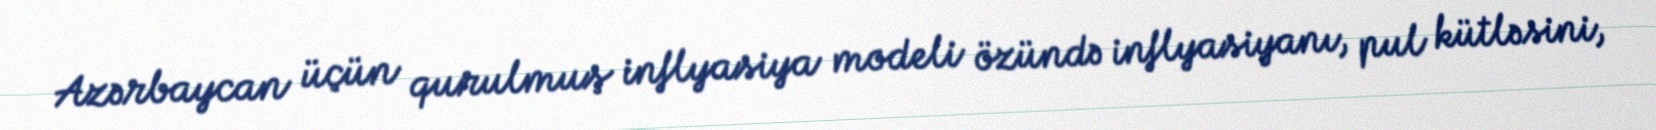
Azərbaycan üçün qurulmuş inflyasiya modeli özündə inflyasiyanı, pul kütləsini,